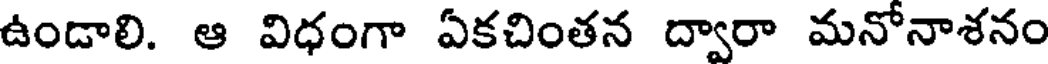
ఉండాలి. ఆ విధంగా ఏకచింతన ద్వారా మనోనాశనం